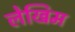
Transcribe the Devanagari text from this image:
लेखिम